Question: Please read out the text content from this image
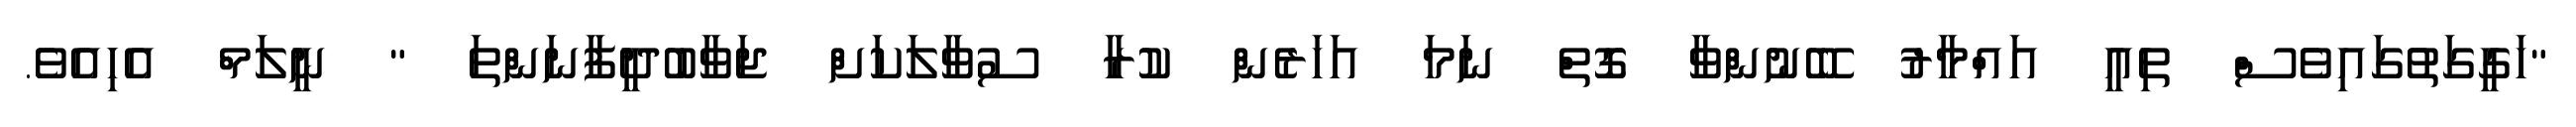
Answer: "ހަގީގަތުގައިވެސް ތިއީ އައްމާރު ބޭނުންވާ ގޮތް ނަމަ އަހަރެން ކުރާ ސުވާލަކަށް ޖަވާބުދީފާނަންތަ " ނީލަމް އެހިއެވެ.